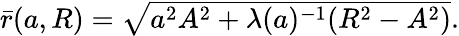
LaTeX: \begin{array}{r}{\bar{r}({a},R)=\sqrt{{a}^{2}A^{2}+\lambda({a})^{-1}(R^{2}-A^{2})}.}\end{array}